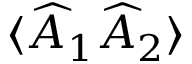
\langle \widehat { A } _ { 1 } \widehat { A } _ { 2 } \rangle